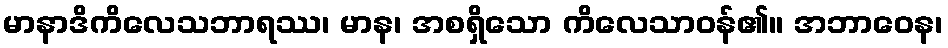
မာနာဒိကိလေသဘာရဿ၊ မာန၊ အစရှိသော ကိလေသာဝန်၏။ အဘာဝေန၊